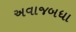
અવાજબધા